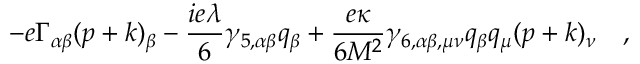
- e \Gamma _ { \alpha \beta } ( p + k ) _ { \beta } - { \frac { i e \lambda } { 6 } } \gamma _ { 5 , \alpha \beta } q _ { \beta } + { \frac { e \kappa } { 6 M ^ { 2 } } } \gamma _ { 6 , \alpha \beta , \mu \nu } q _ { \beta } q _ { \mu } ( p + k ) _ { \nu } \quad ,